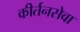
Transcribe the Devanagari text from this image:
कीर्तनसेवा